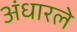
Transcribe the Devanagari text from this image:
अंधारले